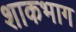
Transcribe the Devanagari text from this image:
शाकभाग